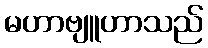
မဟာဗျူဟာသည်